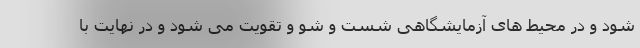
شود و در محیط های آزمایشگاهی شست و شو و تقویت می شود و در نهایت با